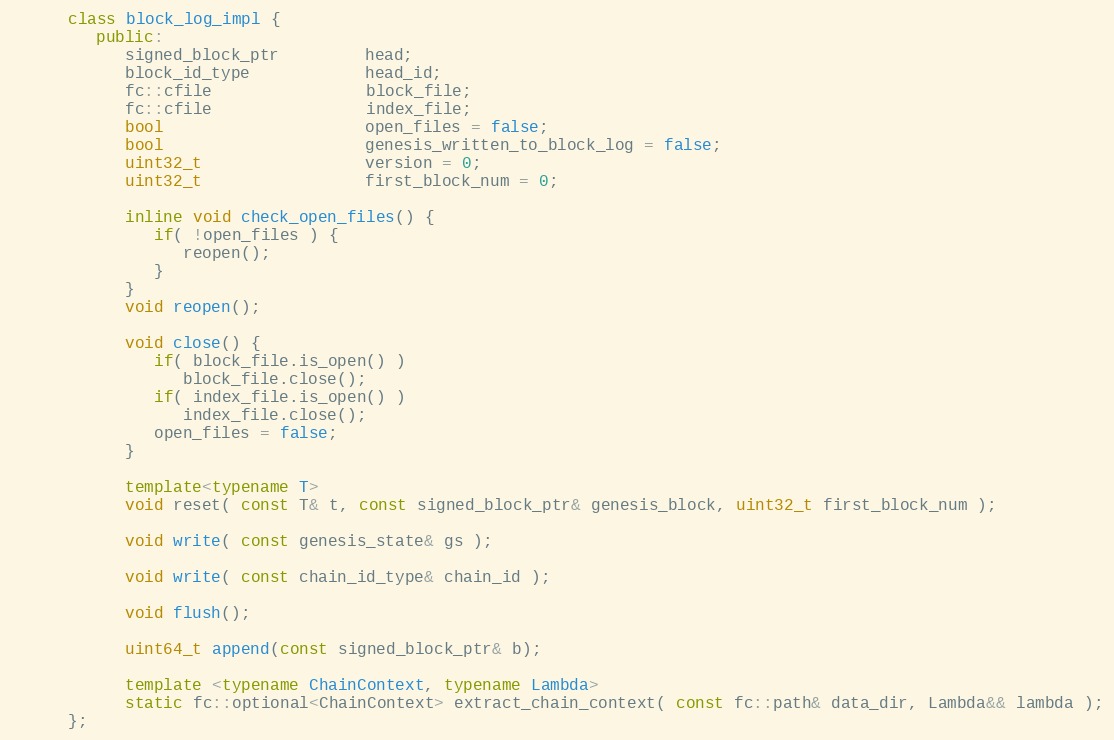
Language: C++
      class block_log_impl {
         public:
            signed_block_ptr         head;
            block_id_type            head_id;
            fc::cfile                block_file;
            fc::cfile                index_file;
            bool                     open_files = false;
            bool                     genesis_written_to_block_log = false;
            uint32_t                 version = 0;
            uint32_t                 first_block_num = 0;

            inline void check_open_files() {
               if( !open_files ) {
                  reopen();
               }
            }
            void reopen();

            void close() {
               if( block_file.is_open() )
                  block_file.close();
               if( index_file.is_open() )
                  index_file.close();
               open_files = false;
            }

            template<typename T>
            void reset( const T& t, const signed_block_ptr& genesis_block, uint32_t first_block_num );

            void write( const genesis_state& gs );

            void write( const chain_id_type& chain_id );

            void flush();

            uint64_t append(const signed_block_ptr& b);

            template <typename ChainContext, typename Lambda>
            static fc::optional<ChainContext> extract_chain_context( const fc::path& data_dir, Lambda&& lambda );
      };